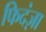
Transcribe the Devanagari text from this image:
फिदंज़ा